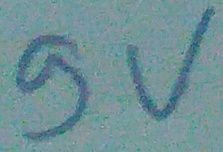
Text: 9V